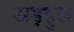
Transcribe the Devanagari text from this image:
अड़हुल